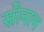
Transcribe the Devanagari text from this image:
सोनान